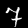
Digit: 7